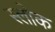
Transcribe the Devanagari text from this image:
स्लोक